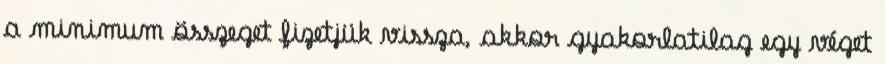
a minimum összeget fizetjük vissza, akkor gyakorlatilag egy véget